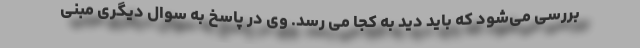
بررسی می‌شود که باید دید به کجا می رسد. وی در پاسخ به سوال دیگری مبنی